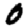
Digit: 0